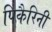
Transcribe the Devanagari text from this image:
पिकैरिनी